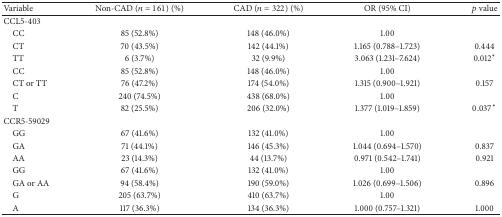
| Variable | Non-CAD (n = 161) (%) | CAD (n = 322) (%) | OR (95% CI) | p value |
 | --- | --- | --- | --- | --- |
 | CCL5-403 |  |  |  |  |
 | CC | 85 (52.8%) | 148 (46.0%) | 1.00 |  |
 | CT | 70 (43.5%) | 142 (44.1%) | 1.165 (0.788–1.723) | 0.444 |
 | TT | 6 (3.7%) | 32 (9.9%) | 3.063 (1.231–7.624) | 0.012∗ |
 | CC | 85 (52.8%) | 148 (46.0%) | 1.00 |  |
 | CT or TT | 76 (47.2%) | 174 (54.0%) | 1.315 (0.900–1.921) | 0.157 |
 | C | 240 (74.5%) | 438 (68.0%) | 1.00 |  |
 | T | 82 (25.5%) | 206 (32.0%) | 1.377 (1.019–1.859) | 0.037∗ |
 | CCR5-59029 |  |  |  |  |
 | GG | 67 (41.6%) | 132 (41.0%) | 1.00 |  |
 | GA | 71 (44.1%) | 146 (45.3%) | 1.044 (0.694–1.570) | 0.837 |
 | AA | 23 (14.3%) | 44 (13.7%) | 0.971 (0.542–1.741) | 0.921 |
 | GG | 67 (41.6%) | 132 (41.0%) | 1.00 |  |
 | GA or AA | 94 (58.4%) | 190 (59.0%) | 1.026 (0.699–1.506) | 0.896 |
 | G | 205 (63.7%) | 410 (63.7%) | 1.00 |  |
 | A | 117 (36.3%) | 134 (36.3%) | 1.000 (0.757–1.321) | 1.000 |